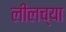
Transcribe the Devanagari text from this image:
लीलच्या